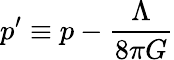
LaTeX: p^{\prime}\equiv p-{\frac{\Lambda}{8\pi G}}